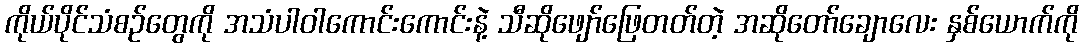
ကိုယ်ပိုင်သံစဉ်တွေကို အသံပါဝါကောင်းကောင်းနဲ့ သီဆိုဖျော်ဖြေတတ်တဲ့ အဆိုတော်ချောလေး နှစ်ယောက်ကို